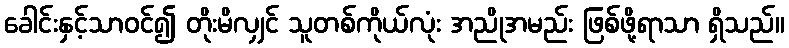
ခေါင်းနှင့်သာဝင်၍ တိုးမိလျှင် သူတစ်ကိုယ်လုံး အညိုအမည်း ဖြစ်ဖို့ရာသာ ရှိသည်။